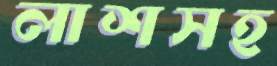
লাশসহ